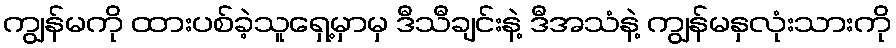
ကျွန်မကို ထားပစ်ခဲ့သူရှေ့မှာမှ ဒီသီချင်းနဲ့ ဒီအသံနဲ့ ကျွန်မနှလုံးသားကို